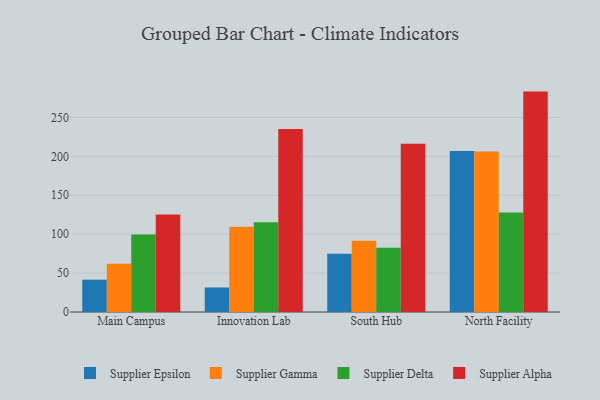
{"axis": {"x": "Campus", "y": "Energy Usage (MWh)"}, "legend": ["Supplier Alpha", "Supplier Delta", "Supplier Epsilon", "Supplier Gamma"], "data": [{"x": "Main Campus", "y": 41.5, "type": "Supplier Epsilon"}, {"x": "Main Campus", "y": 61.9, "type": "Supplier Gamma"}, {"x": "Main Campus", "y": 99.6, "type": "Supplier Delta"}, {"x": "Main Campus", "y": 125.2, "type": "Supplier Alpha"}, {"x": "Innovation Lab", "y": 31.5, "type": "Supplier Epsilon"}, {"x": "Innovation Lab", "y": 109.6, "type": "Supplier Gamma"}, {"x": "Innovation Lab", "y": 115.2, "type": "Supplier Delta"}, {"x": "Innovation Lab", "y": 235.0, "type": "Supplier Alpha"}, {"x": "South Hub", "y": 75.0, "type": "Supplier Epsilon"}, {"x": "South Hub", "y": 91.7, "type": "Supplier Gamma"}, {"x": "South Hub", "y": 82.7, "type": "Supplier Delta"}, {"x": "South Hub", "y": 216.2, "type": "Supplier Alpha"}, {"x": "North Facility", "y": 206.8, "type": "Supplier Epsilon"}, {"x": "North Facility", "y": 206.2, "type": "Supplier Gamma"}, {"x": "North Facility", "y": 127.8, "type": "Supplier Delta"}, {"x": "North Facility", "y": 283.2, "type": "Supplier Alpha"}]}